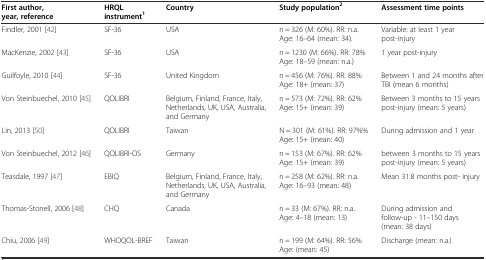
| First author, year, reference | HRQL instrument1 | Country | Study population2 | Assessment time points |
 | --- | --- | --- | --- | --- |
 | Findler, 2001 [42] | SF-36 | USA | n = 326 (M: 60%). RR: n.a. Age: 16–64 (mean: 34). | Variable: at least 1 year post-injury |
 | MacKenzie, 2002 [43] | SF-36 | USA | n = 1230 (M: 66%). RR: 78% Age: 18–59 (mean: n.a.) | 1 year post-injury |
 | Guilfoyle, 2010 [44] | SF-36 | United Kingdom | n = 456 (M: 76%). RR: 88% Age: 18+ (mean: 37) | Between 1 and 24 months after TBI (mean 6 months) |
 | Von Steinbuechel, 2010 [45] | QOLIBRI | Belgium, Finland, France, Italy, Netherlands, UK, USA, Australia, and Germany | n = 573 (M: 72%). RR: 62% Age: 15+ (mean: 39) | Between 3 months to 15 years post-injury (mean: 5 years) |
 | Lin, 2013 [50] | QOLIBRI | Taiwan | N = 301 (M: 61%). RR: 97%% Age: 15+ (mean: 40) | During admission and 1 year |
 | Von Steinbuechel, 2012 [46] | QOLIBRI-OS | Germany | n = 153 (M: 67%). RR: 62% Age: 15+ (mean: 39) | between 3 months to 15 years post-injury (mean: 5 years) |
 | Teasdale, 1997 [47] | EBIQ | Belgium, Finland, France, Italy, Netherlands, UK, USA, Australia, and Germany | n = 258 (M: 62%). RR: n.a. Age: 16–93 (mean: 48) | Mean 31.8 months post- injury |
 | Thomas-Stonell, 2006 [48] | CHQ | Canada | n = 33 (M: 67%). RR: n.a. Age: 4–18 (mean: 13) | During admission and follow-up - 11–150 days (mean: 38 days) |
 | Chiu, 2006 [49] | WHOQOL-BREF | Taiwan | n = 199 (M: 64%). RR: 56% Age: (mean: 45) | Discharge (mean: n.a.) |